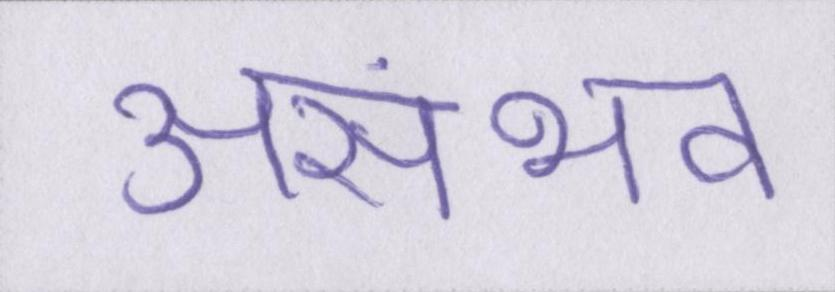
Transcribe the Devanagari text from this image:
असंभव